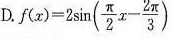
D.f(x)=2 \sin ( \frac{ \pi }{2}x- \frac{2 \pi }{3})$$